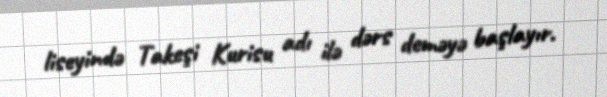
liseyində Takeşi Kurisu adı ilə dərs deməyə başlayır.